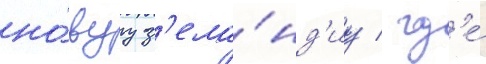
но́вуу з'ела́нд'иу / гд'е́